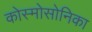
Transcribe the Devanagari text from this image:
कोस्मोसोनिका